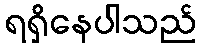
ရရှိနေပါသည်